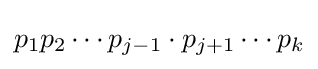
p_{1}p_{2}\cdots p_{j-1}\cdot p_{j+1}\cdots p_{k}